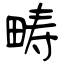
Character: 畴